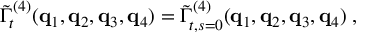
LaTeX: \tilde { \Gamma } _ { t } ^ { ( 4 ) } ( { \bf { q } } _ { 1 } , { \bf { q } } _ { 2 } , { \bf { q } } _ { 3 } , { \bf { q } } _ { 4 } ) = \tilde { \Gamma } _ { t , s = 0 } ^ { ( 4 ) } ( { \bf { q } } _ { 1 } , { \bf { q } } _ { 2 } , { \bf { q } } _ { 3 } , { \bf { q } } _ { 4 } ) \; ,